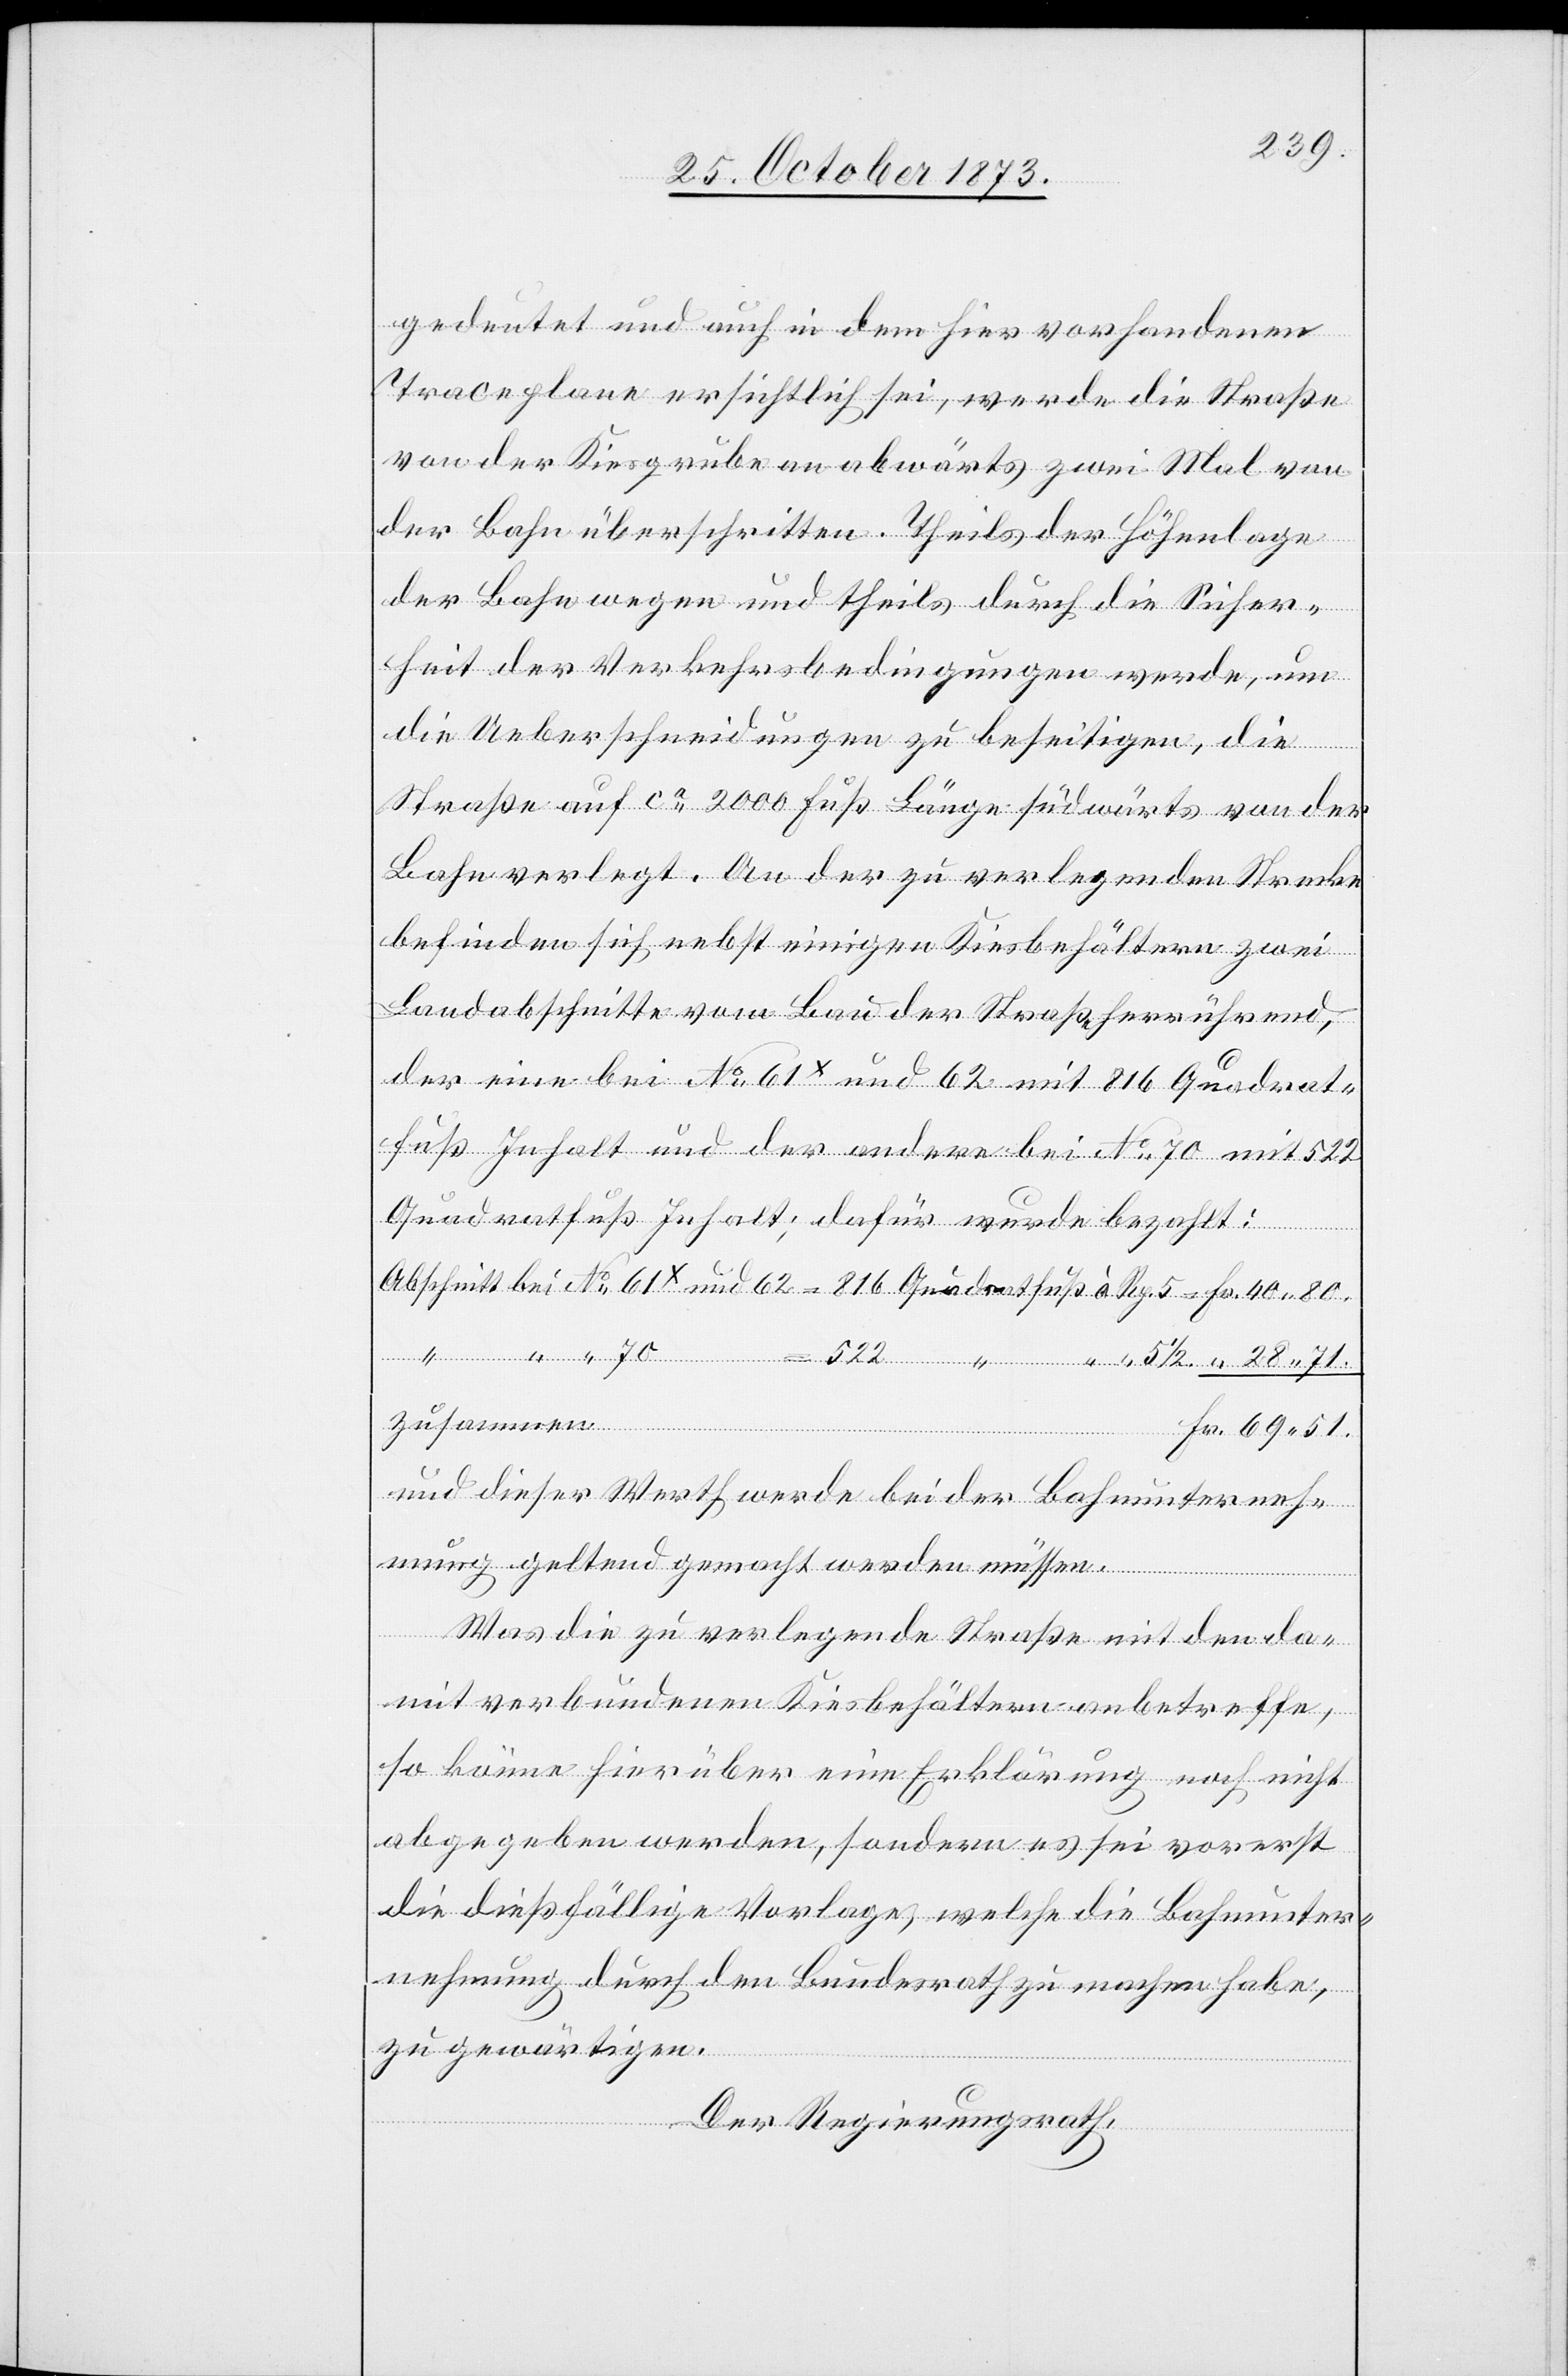
gedeutet und auch in dem hier vorhandenen
Traceplane ersichtlich sei, werde die Straße
von der Kiesgrube an abwärts zwei Mal von
der Bahn überschritten. Theils der Höhenlage
der Bahn wegen und theils durch die Sicher¬
heit der Verkehrsbedingungen werde, um
die Ueberschneidungen zu beseitigen, die
Straße auf ca 2 000 Fuß Länge südwärts von der
Bahn verlegt. An der zu verlegenden Strecke
befinden sich nebst einigen Kiesbehältern zwei
Landabschnitte vom Bau der Straße herrührend,
der eine bei No 61+ und 62 mit 816 Quadrat¬
fuß Inhalt und der andere bei No 70 mit 522
Quadratfuß Inhalt, dafür wurde bezahlt:
zusammen
und dieser Werth werde bei der Bahnunterneh¬
mung geltend gemacht werden müssen.
Was die zu verlegende Straße mit den da¬
mit verbundenen Kiesbehältern anbetreffe,
so könne hierüber eine Erklärung noch nicht
abgegeben werden, sondern es sei vorerst
die dießfällige Vorlage, welche die Bahnunter¬
nehmung durch den Bundesrath zu machen habe,
zu gewärtigen.
Der Regierungsrath,